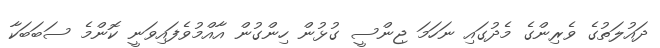
ދައުލަތުގެ ވެރިންގެ މެދުގައި ނަހަމަ ޖިންސީ ގުޅުން ހިންގުން އާއްމުވެފައިވަނީ ކޮންމެ ސަބަބަކާ